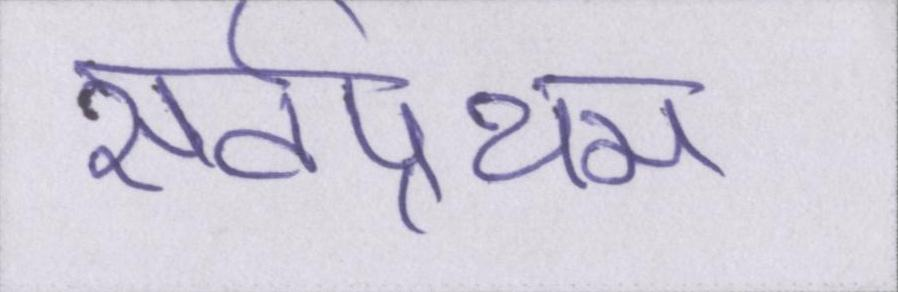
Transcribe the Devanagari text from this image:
सर्वप्रथम